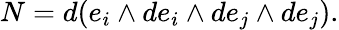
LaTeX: N=d(e_{i}\wedge de_{i}\wedge de_{j}\wedge de_{j}).